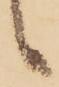
候